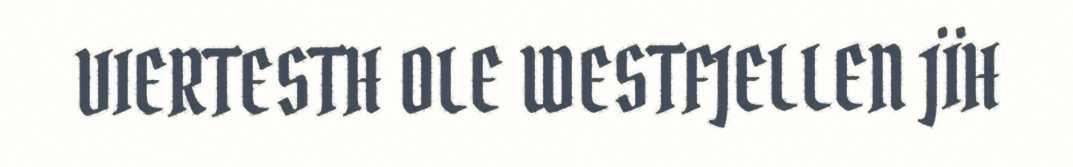
VIERTESTH OLE WESTFJELLEN JÏH